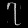
Digit: ၇